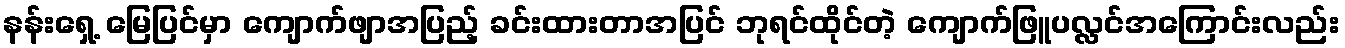
နန်းရှေ့ မြေပြင်မှာ ကျောက်ဖျာအပြည့် ခင်းထားတာအပြင် ဘုရင်ထိုင်တဲ့ ကျောက်ဖြူပလ္လင်အကြောင်းလည်း